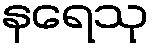
နရေသု